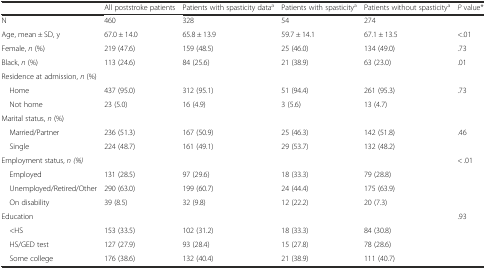
|  | All poststroke patients | Patients with spasticity dataa | Patients with spasticitya | Patients without spasticitya | P value* |
 | --- | --- | --- | --- | --- | --- |
 | N | 460 | 328 | 54 | 274 |  |
 | Age, mean ± SD, y | 67.0 ± 14.0 | 65.8 ± 13.9 | 59.7 ± 14.1 | 67.1 ± 13.5 | <.01 |
 | Female, n (%) | 219 (47.6) | 159 (48.5) | 25 (46.0) | 134 (49.0) | .73 |
 | Black, n (%) | 113 (24.6) | 84 (25.6) | 21 (38.9) | 63 (23.0) | .01 |
 | <COLSPAN=6> Residence at admission, n (%) |
 | Home | 437 (95.0) | 312 (95.1) | 51 (94.4) | 261 (95.3) | .73 |
 | Not home | 23 (5.0) | 16 (4.9) | 3 (5.6) | 13 (4.7) |  |
 | <COLSPAN=6> Marital status, n (%) |
 | Married/Partner | 236 (51.3) | 167 (50.9) | 25 (46.3) | 142 (51.8) | .46 |
 | Single | 224 (48.7) | 161 (49.1) | 29 (53.7) | 132 (48.2) |  |
 | Employment status, n (%) |  |  |  |  | < .01 |
 | Employed | 131 (28.5) | 97 (29.6) | 18 (33.3) | 79 (28.8) |  |
 | Unemployed/Retired/Other | 290 (63.0) | 199 (60.7) | 24 (44.4) | 175 (63.9) |  |
 | On disability | 39 (8.5) | 32 (9.8) | 12 (22.2) | 20 (7.3) |  |
 | Education |  |  |  |  | .93 |
 | <HS | 153 (33.5) | 102 (31.2) | 18 (33.3) | 84 (30.8) |  |
 | HS/GED test | 127 (27.9) | 93 (28.4) | 15 (27.8) | 78 (28.6) |  |
 | Some college | 176 (38.6) | 132 (40.4) | 21 (38.9) | 111 (40.7) |  |